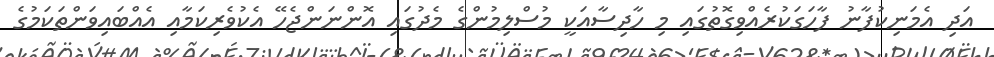
އަދި އެމަނިކުފާނު ފާހަގަކުރެއްވިގޮތުގައި މި ހާދިސާއަކީ މުސްލިމުންގެ މެދުގައި އޮންނަންޖެހޭ އެކުވެރިކަމާއި އެއްބައިވަންތަކަމުގެ